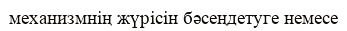
механизмнің жүрісін бәсеңдетуге немесе